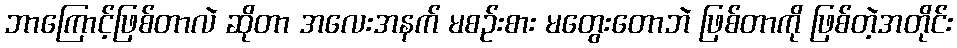
ဘာကြောင့်ဖြစ်တာလဲ ဆိုတာ အလေးအနက် မစဉ်းစား မတွေးတောဘဲ ဖြစ်တာကို ဖြစ်တဲ့အတိုင်း